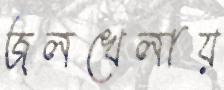
জলখেলায়